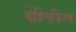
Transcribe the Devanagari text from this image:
बेडिंगफिल्ड